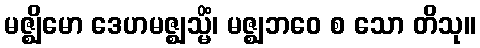
မဇ္ဈိမော ဒေဟမဇ္ဈသ္မိံ၊ မဇ္ဈဘဝေ စ သော တိသု။